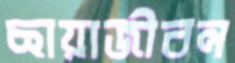
ছায়াজীবন